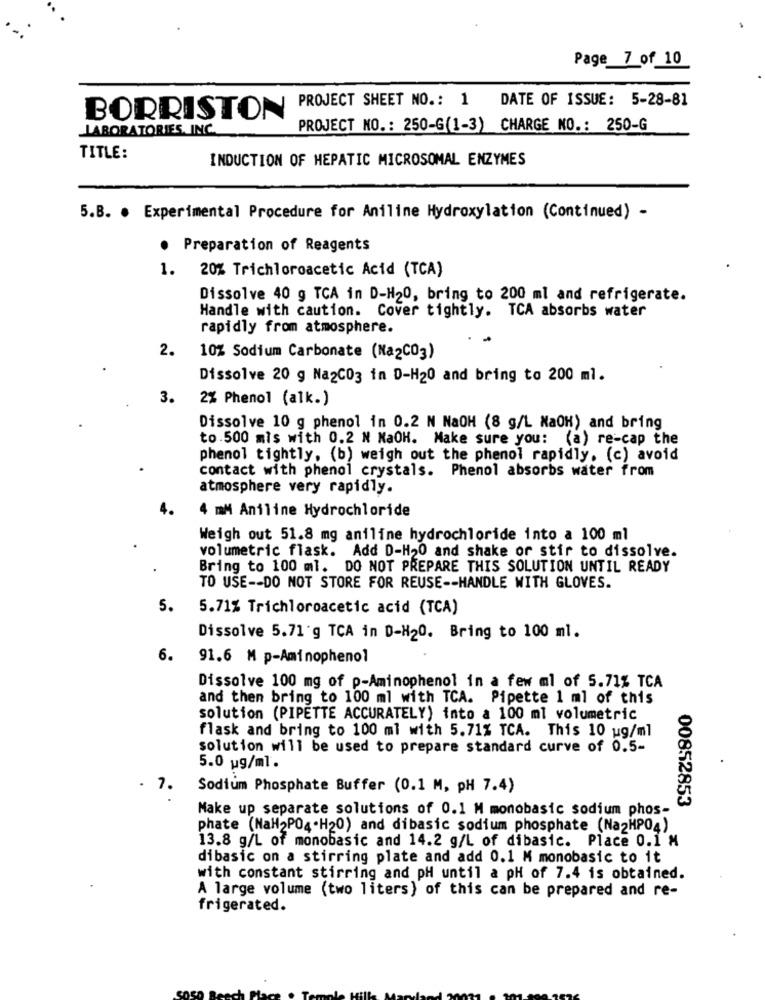
Page 7 of 10
PROJECT SHEET NO .: 1 DATE OF ISSUE: 5-28-81
BORRISTON
LABORATORIES, INC.
PROJECT NO .: 250-G(1-3) CHARGE NO .: 250-G
TITLE:
INDUCTION OF HEPATIC MICROSOMAL ENZYMES
5.B. . Experimental Procedure for Aniline Hydroxylation (Continued) -
· Preparation of Reagents
. 20% Trichloroacetic Acid (TCA)
Dissolve 40 g TCA in D-H20, bring to 200 ml and refrigerate.
Handle with caution. Cover tightly. TCA absorbs water
rapidly from atmosphere.
2.
10% Sodium Carbonate (Na2CO3)
Dissolve 20 g Na2CO3 in D-H20 and bring to 200 ml.
3.
2% Phenol (alk.)
Dissolve 10 g phenol in 0.2 N NaOH (8 g/L NaOH) and bring
to.500 mls with 0.2 N NaOH. Make sure you: (a) re-cap the
phenol tightly, (b) weigh out the phenol rapidly. (c) avoid
contact with phenol crystals. Phenol absorbs water from
atmosphere very rapidly.
4.
4 mM Aniline Hydrochloride
Weigh out 51.8 mg aniline hydrochloride into a 100 ml
volumetric flask. Add D-H20 and shake or stir to dissolve.
Bring to 100 ml. DO NOT PREPARE THIS SOLUTION UNTIL READY
TO USE -- DO NOT STORE FOR REUSE -- HANDLE WITH GLOVES.
5.
5.71% Trichloroacetic acid (TCA)
Dissolve 5.71'g TCA in D-H20. Bring to 100 ml.
6.
91.6 M p-Aminophenol
Dissolve 100 mg of p-Aminophenol in a few ml of 5.71% TCA
and then bring to 100 ml with TCA. Pipette 1 ml of this
solution (PIPETTE ACCURATELY) into a 100 ml volumetric
flask and bring to 100 ml with 5.71% TCA. This 10 ug/ml
solution will be used to prepare standard curve of 0.5-
5.0 ug/ml.
. 7.
Sodium Phosphate Buffer (0.1 M, PH 7.4)
00852853
Make up separate solutions of 0.1 M monobasic sodium phos-
phate (NaH2PO4.H20) and dibasic sodium phosphate (Na2HP04)
13.8 g/L of monobasic and 14.2 g/L of dibasic. Place 0.1 M
dibasic on a stirring plate and add 0.1 M monobasic to it
with constant stirring and pH until a pH of 7.4 is obtained.
A large volume (two liters) of this can be prepared and re-
frigerated.